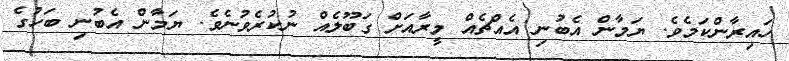
ހައިރާންކަމެވެ. ޔަމާން އެބުނި އެއްޗެއް މީރާއަށް ގަބޫލެއް ނުކުރެވުނެވެ. ޔަމާން އެބުނި ބަހުގެ